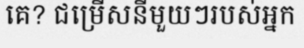
គេ? ជម្រើសនីមួយៗរបស់អ្នក